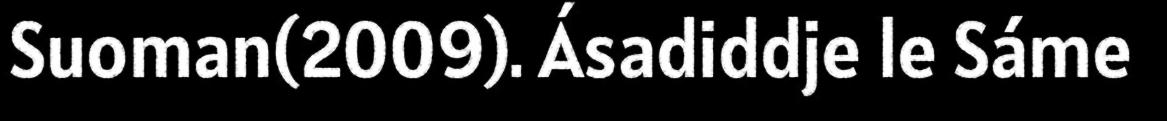
Suoman(2009). Ásadiddje le Sáme